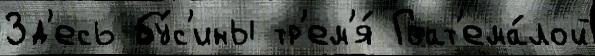
Зд'есь бу́с'ины тр'ем'я́ Гват'ема́лой